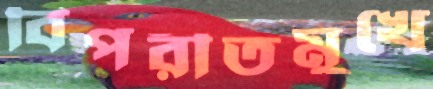
বিপরীতমুখে